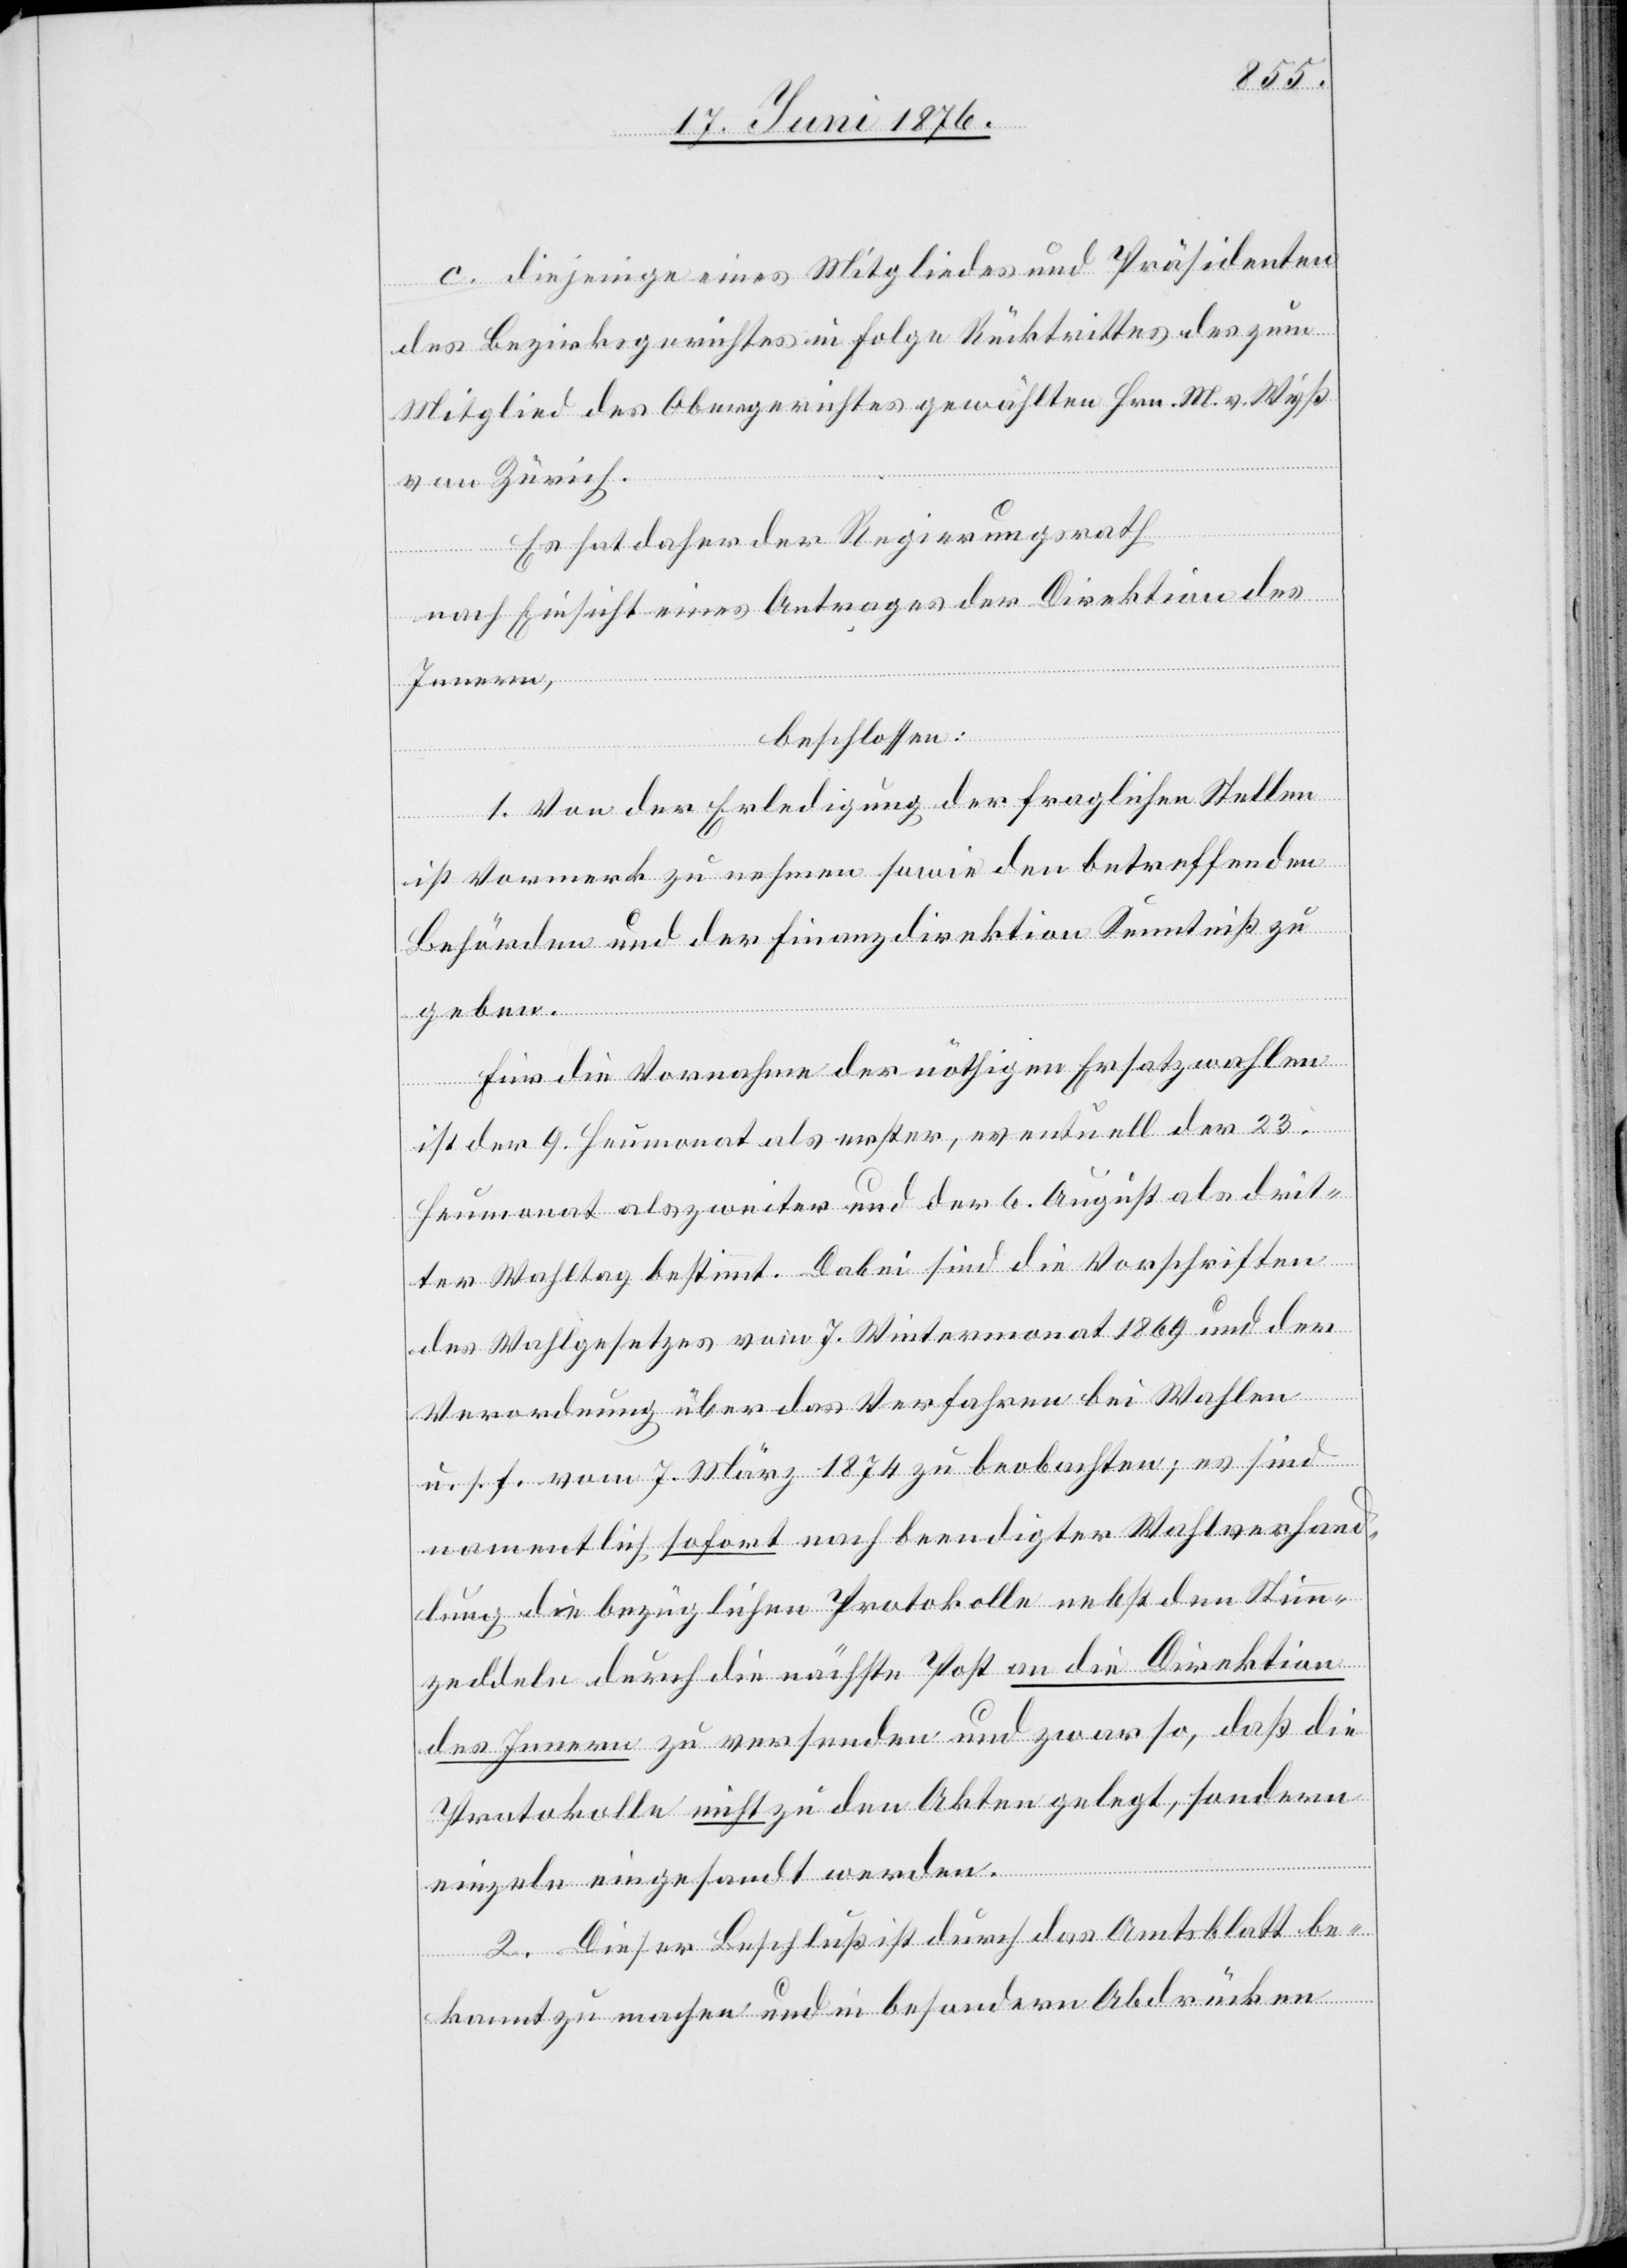
c. diejenige eines Mitgliedes und Präsidenten
des Bezirksgerichtes in Folge Rücktrittes des zum
Mitglied des Obergerichtes gewählten Hrn. M. v. Wyß
von Zürich.
Es hat daher der Regierungsrath
nach Einsicht eines Antrages der Direktion des
Innern,
beschlossen:
1. Von der Erledigung der fraglichen Stellen
ist Vormerk zu nehmen sowie den betreffenden
Behörden und der Finanzdirektion Kenntniß zu
geben.
Für die Vornahme der nöthigen Ersatzwahlen
ist der 9. Heumonat als erster, eventuell der 23.
Heumonat als zweiter und der 6. August als drit¬
ter Wahltag bestimmt. Dabei sind die Vorschriften
des Wahlgesetzes vom 7. Wintermonat 1869 und der
Verordnung über das Verfahren bei Wahlen
u. s. f. vom 7. März 1874 zu beobachten; es sind
namentlich sofort nach beendigter Wahlverhand¬
lung die bezüglichen Protokolle nebst den Stimm¬
zeddeln durch die nächste Post an die Direktion
des Innern zu versenden und zwar so, daß die
Protokolle nicht zu den Akten gelegt, sondern
einzeln eingesandt werden.
2. Dieser Beschluß ist durch das Amtsblatt be¬
kannt zu machen und in besondern Abdrücken